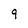
Character: 9